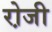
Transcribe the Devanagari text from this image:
रो़जी